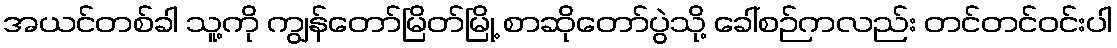
အယင်တစ်ခါ သူ့ကို ကျွန်တော်မြိတ်မြို့ စာဆိုတော်ပွဲသို့ ခေါ်စဉ်ကလည်း တင်တင်ဝင်းပါ